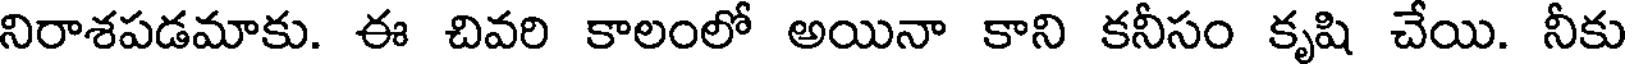
నిరాశపడమాకు. ఈ చివరి కాలంలో అయినా కాని కనీసం కృషి చేయి. నీకు